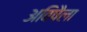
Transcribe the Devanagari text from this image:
अविषैला